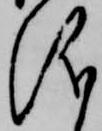
儀